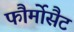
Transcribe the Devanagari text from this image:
फौर्मोसैट